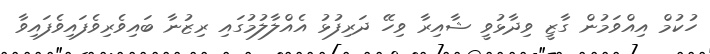
ހުކުމް އިއްވަމުން ގާޒީ ވިދާޅުވީ ޝާއިރާ ވިހޭ ދަރިފުޅު އެއްލާލުމުގައި ރިޒުނާ ބައިވެރިވެފައިވެފައިވާ